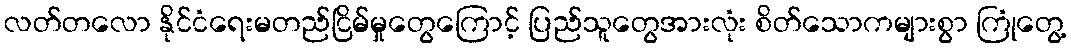
လတ်တလော နိုင်ငံရေးမတည်ငြိမ်မှုတွေကြောင့် ပြည်သူတွေအားလုံး စိတ်သောကများစွာ ကြုံတွေ့